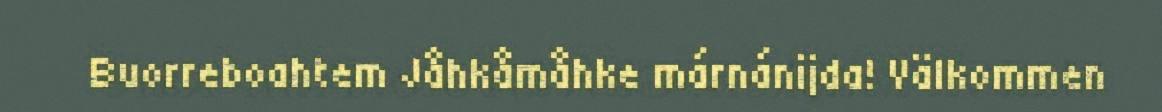
Buorreboahtem Jåhkåmåhke márnánijda! Välkommen